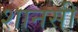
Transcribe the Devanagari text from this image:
शानसी